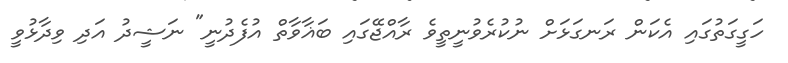
ހަގީގަތުގައި އެކަން ރަނގަޅަށް ނުކުރެވުނީތީވެ ރާއްޖޭގައި ބަޣާވާތް އުފެދުނީ" ނަޝީދު އަދި ވިދާޅުވީ